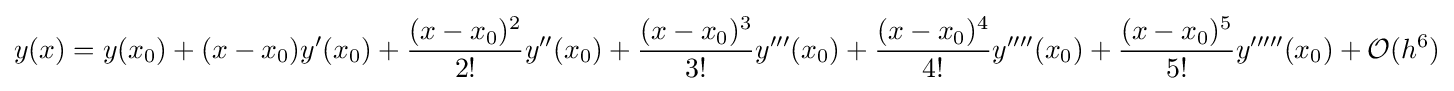
y(x)=y(x_{0})+(x-x_{0})y'(x_{0})+{\frac {(x-x_{0})^{2}}{2!}}y''(x_{0})+{\frac {(x-x_{0})^{3}}{3!}}y'''(x_{0})+{\frac {(x-x_{0})^{4}}{4!}}y''''(x_{0})+{\frac {(x-x_{0})^{5}}{5!}}y'''''(x_{0})+{\mathcal {O}}(h^{6})